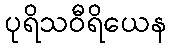
ပုရိသဝီရိယေန